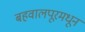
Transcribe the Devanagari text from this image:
बहवालपूरमधून